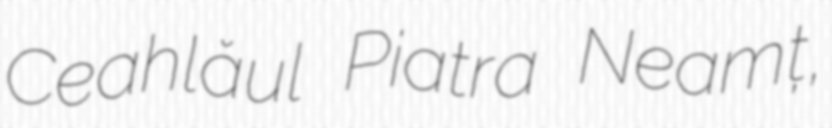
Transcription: Ceahlăul Piatra Neamț,